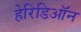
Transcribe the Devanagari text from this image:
हेरिडिऑन